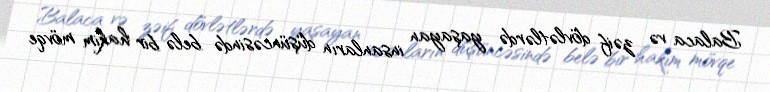
Balaca və zəif dövlətlərdə yaşayan insanların düşüncəsində belə bir hakim mövqe